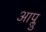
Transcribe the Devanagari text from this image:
आप्लु